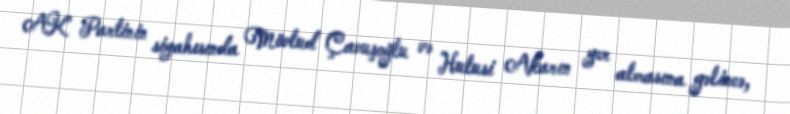
AK Partinin siyahısında Mövlud Çavuşoğlu və Hulusi Akarın yer almasına gəlincə,